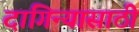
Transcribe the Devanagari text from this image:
दागिन्यासाठी